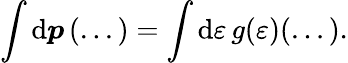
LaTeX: \int\mathrm{d}\boldsymbol{p}\, (...)=\int\mathrm{d}\varepsilon\, g(\varepsilon)(...).